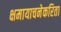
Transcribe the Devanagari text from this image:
क्षमायाचनेकरिता